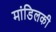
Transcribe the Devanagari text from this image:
मांडिलकी